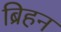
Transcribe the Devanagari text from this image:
ब्रिहन